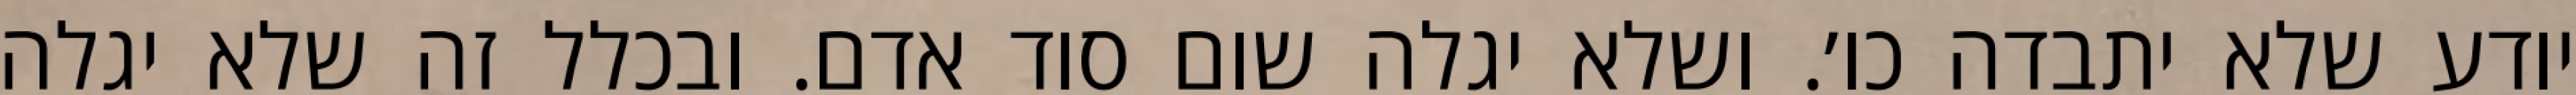
יודע שלא יתבדה כו׳. ושלא יגלה שום סוד אדם. ובכלל זה שלא יגלה